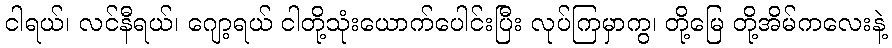
ငါရယ်၊ လင်နီရယ်၊ ဂျော့ရယ် ငါတို့သုံးယောက်ပေါင်းပြီး လုပ်ကြမှာကွ၊ တို့မြေ တို့အိမ်ကလေးနဲ့